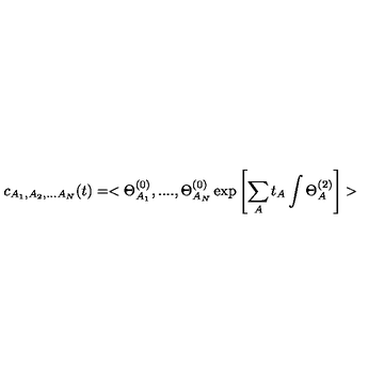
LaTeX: c _ { A _ { 1 } , A _ { 2 } , . . . A _ { N } } ( t ) = < \Theta _ { A _ { 1 } } ^ { ( 0 ) } , . . . . , \Theta _ { A _ { N } } ^ { ( 0 ) } \exp \left[ \sum _ { A } t _ { A } \int \Theta _ { A } ^ { ( 2 ) } \right] >